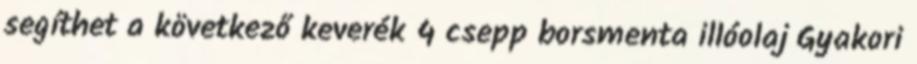
segíthet a következő keverék 4 csepp borsmenta illóolaj Gyakori